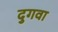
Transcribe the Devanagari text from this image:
दुगवा